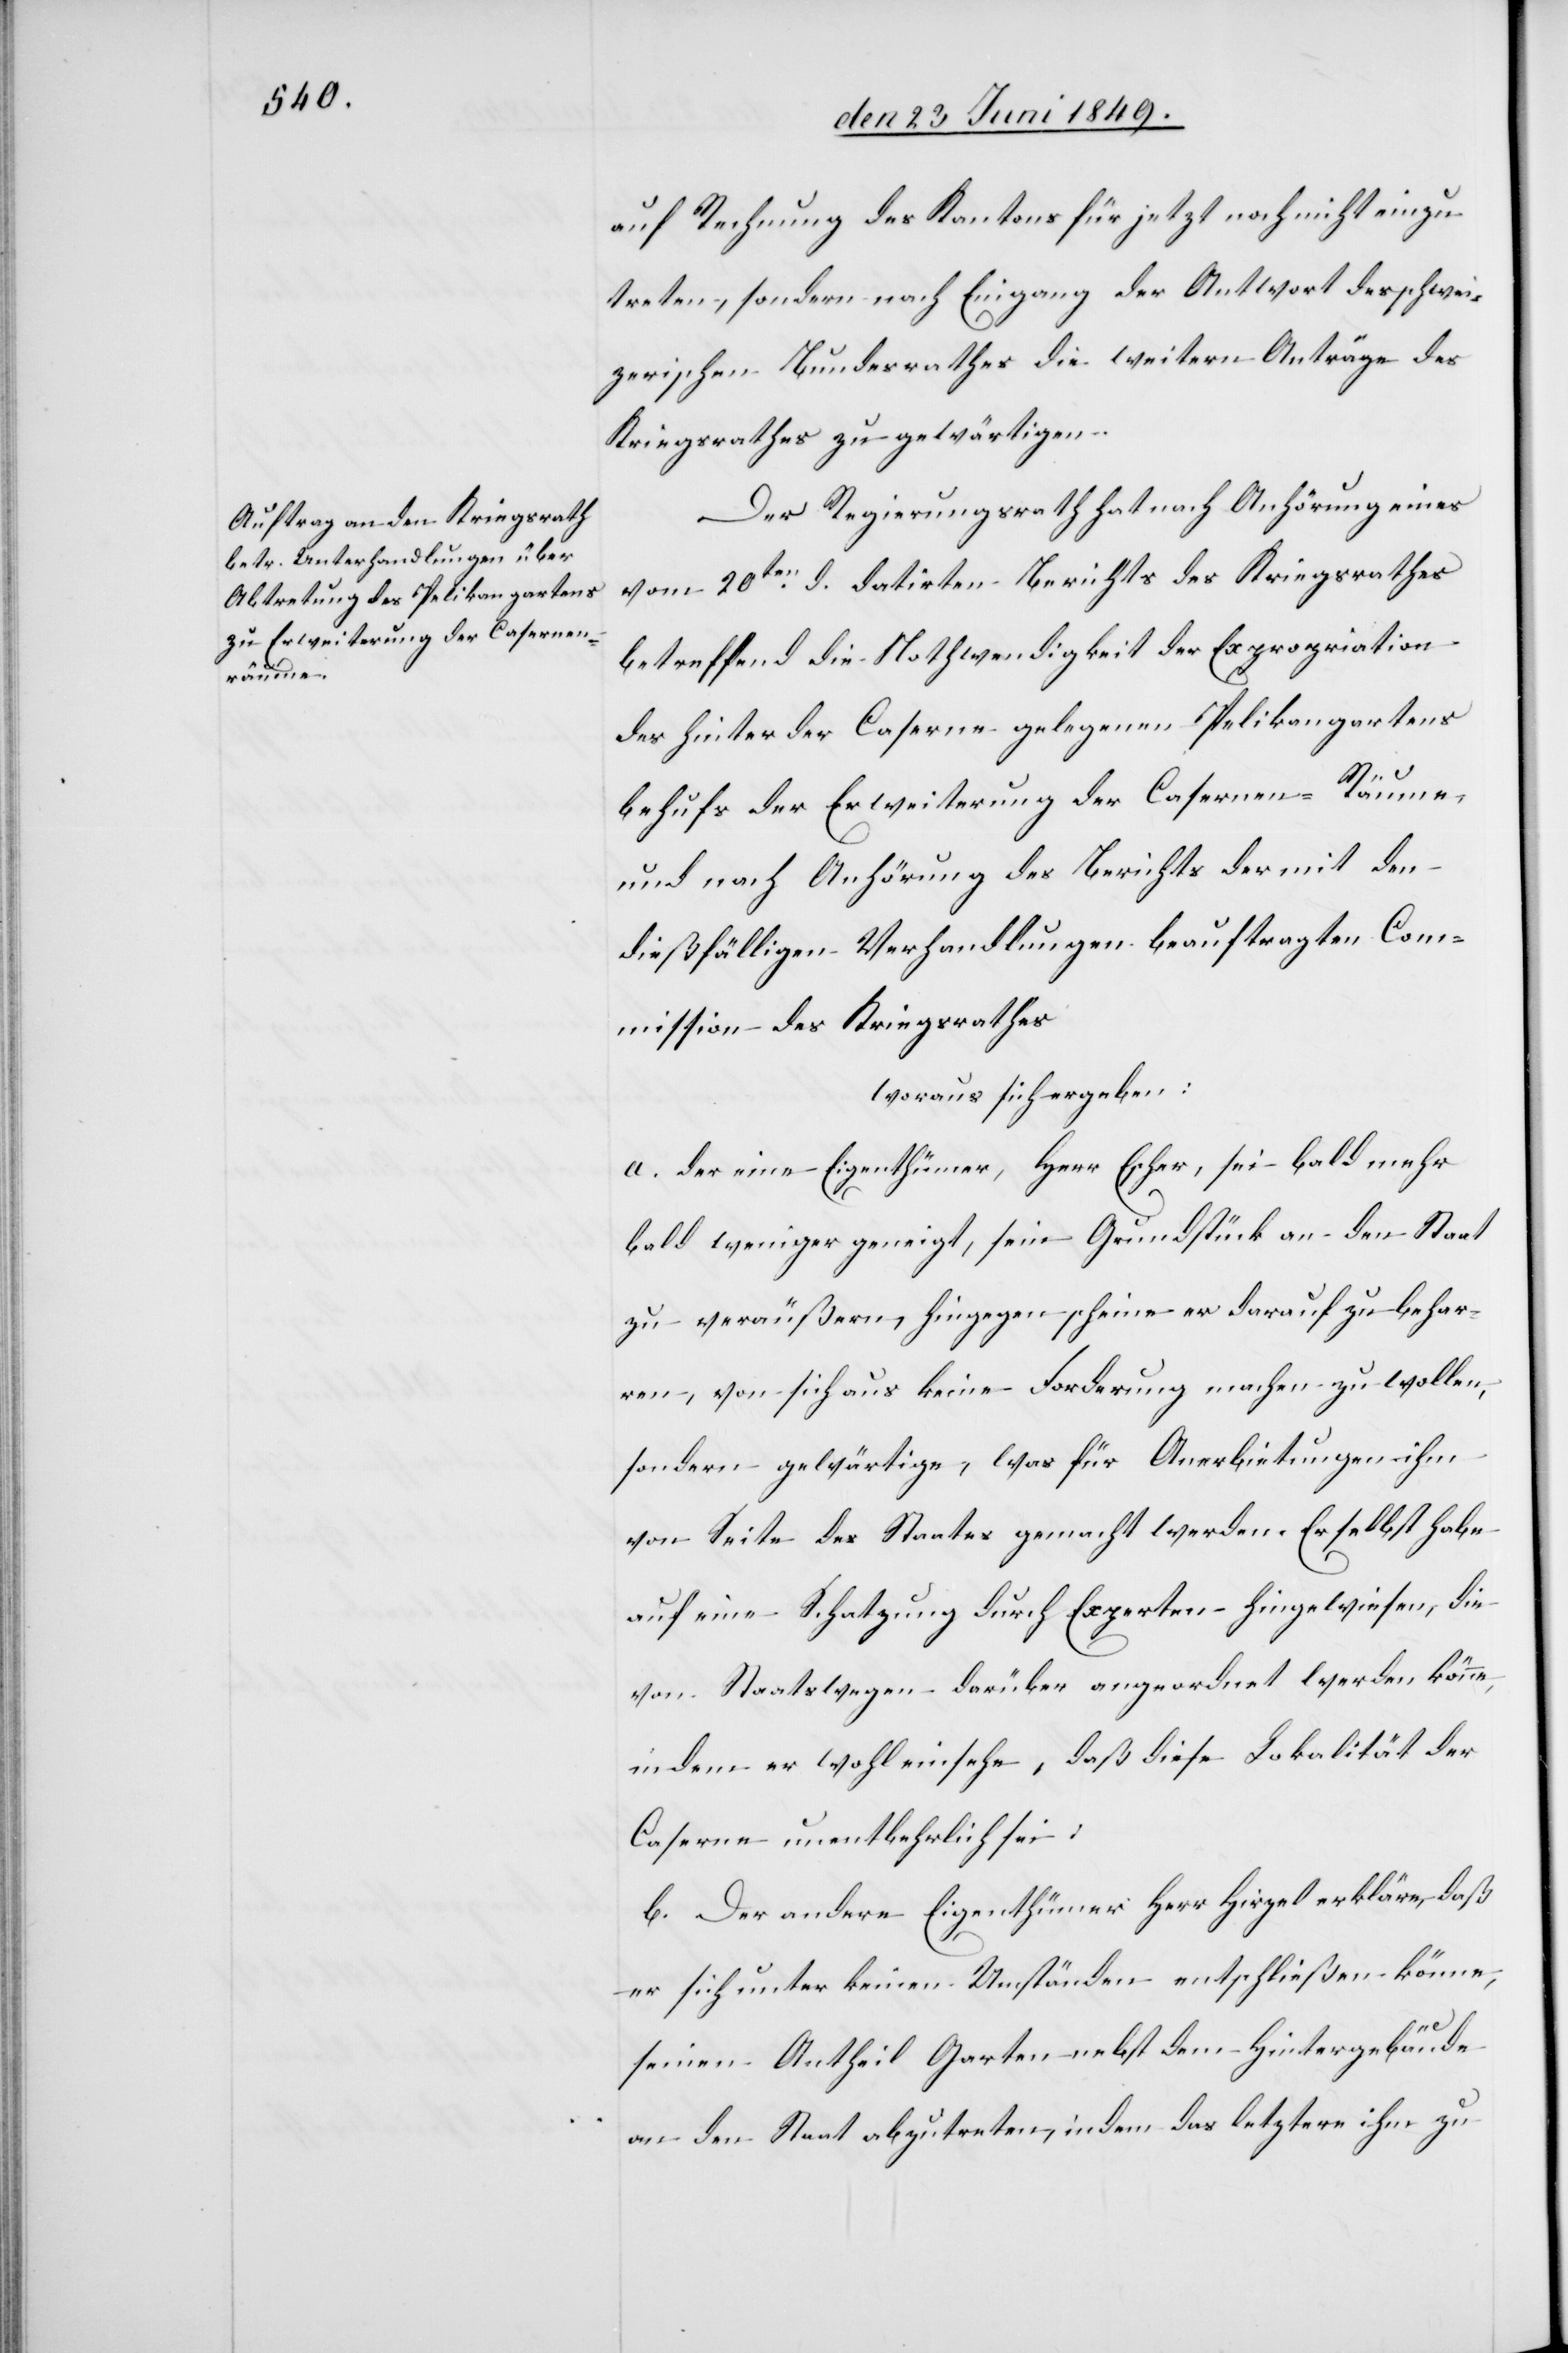
auf Rechnung des Kantons für jetzt noch nicht einzu¬
treten, sondern nach Eingang der Antwort des schwei¬
zerischen Bundesrathes die weitern Anträge des
Kriegsrathes zu gewärtigen.
Der Regierungsrath hat nach Anhörung eines
vom 20ten d. datirten Berichts des Kriegsrathes
betreffend die Nothwendigkeit der Expropriation
des hinter der Caserne gelegenen Pelikangartens
behufs der Erweiterung der Casernen-Räume
und nach Anhörung des Berichts der mit den
dießfälligen Verhandlungen beauftragten Com¬
mission des Kriegsrathes
woraus sich ergeben:
a. der eine Eigenthümer, Herr Escher, sei bald mehr
bald weniger geneigt, sein Grundstück an den Staat
zu veräußern, hingegen scheine er darauf zu behar¬
ren, von sich aus keine Forderung machen zu wollen,
sondern gewärtige, was für Anerbietungen ihm
von Seite des Staates gemacht werden. Er selbst habe
auf eine Schatzung durch Experten hingewiesen, die
von Staatswegen darüber angeordnet werden könne,
indem er wohl einsehe, daß diese Lokalität der
Caserne unentbehrlich sei:
b. Der andere Eigenthümer Herr Hirzel erkläre, daß
er sich unter keinen Umständen entschließen könne,
seinen Antheil Garten nebst dem Hintergebäude
an den Staat abzutreten, indem das letztere ihm zu